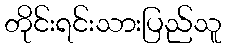
တိုင်းရင်းသားပြည်သူ